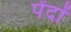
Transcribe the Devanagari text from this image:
पेंदों